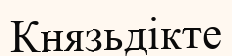
Князьдікте